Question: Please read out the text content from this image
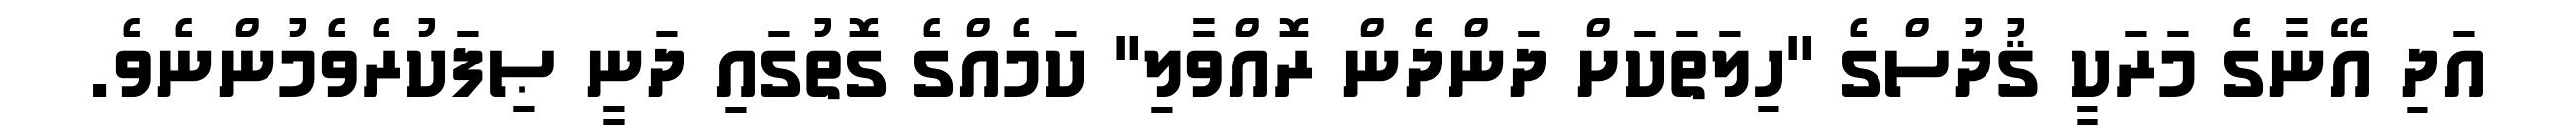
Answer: އަދި އޭނާގެ މަރަކީ ޤުދުސްގެ "ހިލަތަކަށް ދަންދެން ރޮއްވާލި" ކަމެއްގެ ގޮތުގައި ދަނީ ޞިފަކުރެވެމުންނެވެ.